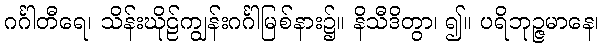
ဂင်္ဂါတီရေ၊ သိန်းဃိုဠ်ကျွန်းဂင်္ဂါမြစ်နား၌။ နိသီဒိတွာ၊ ၍။ ပရိဘုဉ္ဇမာနေ၊